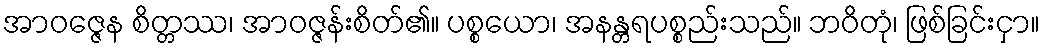
အာဝဇ္ဇေန စိတ္တဿ၊ အာဝဇ္ဇန်းစိတ်၏။ ပစ္စယော၊ အနန္တရပစ္စည်းသည်။ ဘဝိတုံ၊ ဖြစ်ခြင်းငှာ။